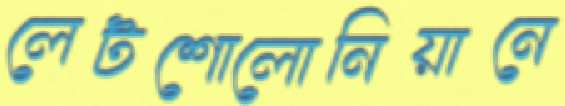
লেটশোলোনিয়ানে